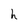
Character: h